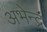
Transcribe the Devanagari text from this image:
अभेन्द्र